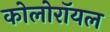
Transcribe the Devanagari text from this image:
कोलोरॉयल